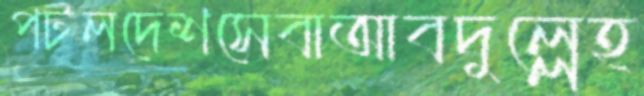
পটলদেশসেবাআবদুল্লেহ